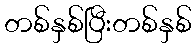
တစ်နှစ်ပြီးတစ်နှစ်